Lunatic asylums Central Provinces reports 1910-1926 - 1910-1926
Year: 1910
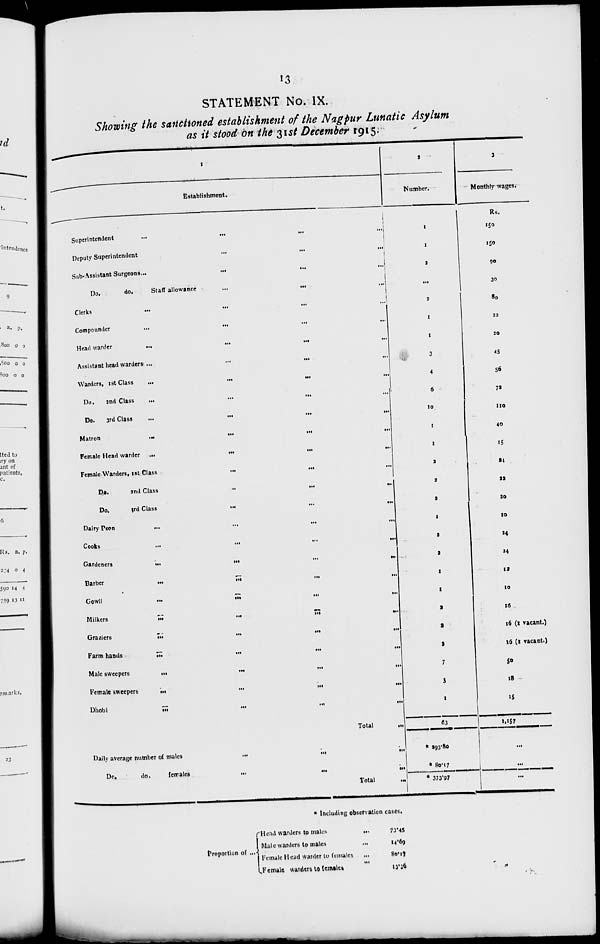
13
STATEMENT No. IX.
Showing the sanctioned establishment of the Nagpur Lunatic Asylum
as it stood on the 31st December 1915.
1
Establishment.
Superintendent
...
...
...
...
Deputy Superintendent
...
...
...
Sub-Assistant Surgeons
...
...
...
Do.
do.
Staff allowance
...
...
...
Clerks
...
...
...
...
Compounder
...
...
...
...
Head warder
...
...
...
...
Assistant head warders
...
...
...
...
Warders, 1st Class
...
...
...
...
Do. 2nd Class ... ... ... ...
Do.
3rd Class
...
...
...
...
Matron
...
...
...
...
Female Head warder ... ... ... ...
Female Warders, 1st Class ... ... ... ...
Do.
2nd
Class
...
...
...
Do.
3rd
Class
...
...
...
Dairy Peon ... ... ... ...
Cooks
...
...
...
...
Gardeners
...
...
...
...
Barber
...
...
...
...
Gowli
...
...
...
...
Milkers
...
...
...
...
Graziers
...
...
...
...
Farm hands
...
...
...
...
Male sweepers ... ... ...
Female sweepers
...
...
...
Dhobi
...
...
...
...
Total
...
Daily average number of males
...
...
...
...
Do.
do.
females ... ... ...
Total ...
2
Number.
1
1
2
...
2
1
1
3
4
6
10
1
1
2
2
2
1
2
2
1
1
2
2
2
3
3
1
63
* 293.80
* 80.17
* 373.97
3
Monthly wages.
Rs.
150
150
90
30
80
22
20
45
56
72
110
40
15
24
22
30
10
24
24
12
10
16
16 (1 vacant.)
16 (1 vacant.)
50
18
15
1,157
...
...
...
* Including observation cases.
Proportion of ...
Head warders to males
...
Male warders to males
...
Female Head warder to females
...
Female warders to females ...
73.45
14.69
80.17
13.36